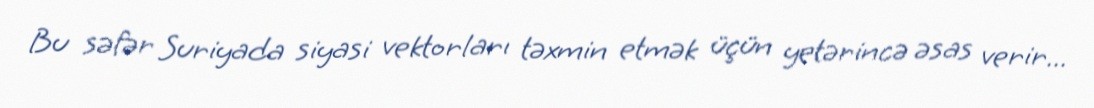
Bu səfər Suriyada siyasi vektorları təxmin etmək üçün yetərincə əsas verir...